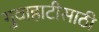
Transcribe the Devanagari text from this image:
गुवाहाटीसाठी